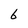
Character: 6